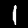
Label: 1